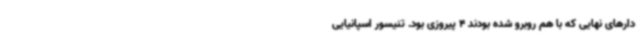
دارهای نهایی که با هم روبرو شده بودند 4 پیروزی بود. تنیسور اسپانیایی